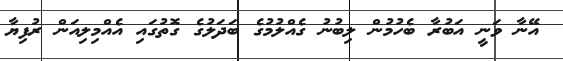
އޭނާ ވަނީ އަބުރާ ބެހުމުން ލިބުނު ގެއްލުމުގެ ބަދަލުގެ ގޮތުގައި އެއްމިލިއަން ރުފިޔާ